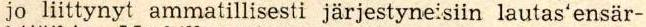
jo liittynyt ammatillisesti järjestyneisiin lautas'ensär-